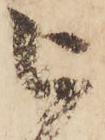
被